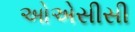
ઓએસીસી